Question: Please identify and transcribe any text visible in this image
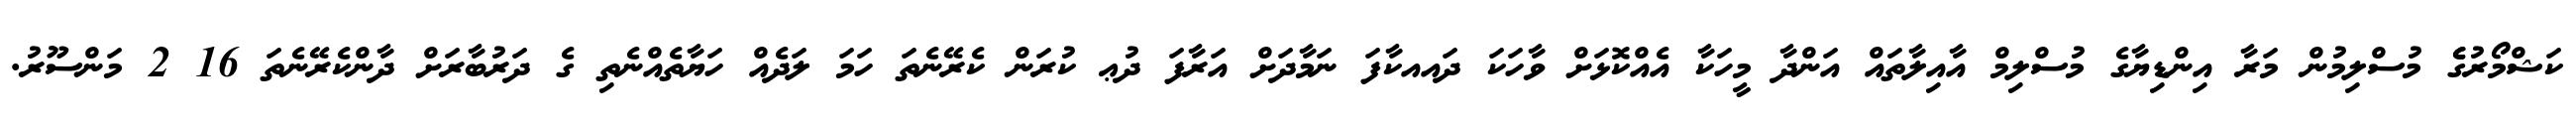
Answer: ކަޝްމޯރުގެެ މުސްލިމުން މަރާ އިންޑިޔާގެ މުސްލިމް އާއިލާތައް އަންދާ މީހަކާ އެއްކޮޅަށް ވާހަކަ ދައއކާފަ ނަމާދަށް އަރާފަ ދުޢ ކުރަން ކެރޭނެތަ ހަމަ ލަދެއް ހަޔާތެއްނެތި ގެ ދަރުބާރަށް ދާންކެރޭނެތަ 16 2 މަންސޫރު.